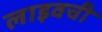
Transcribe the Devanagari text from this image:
लाइवची